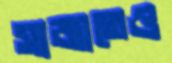
সাজাতেও